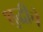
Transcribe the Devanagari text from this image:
शुद्धीचे